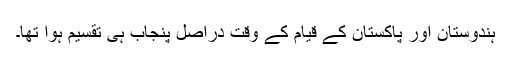
ہندوستان اور پاکستان کے قیام کے وقت دراصل پنجاب ہی تقسیم ہوا تھا۔